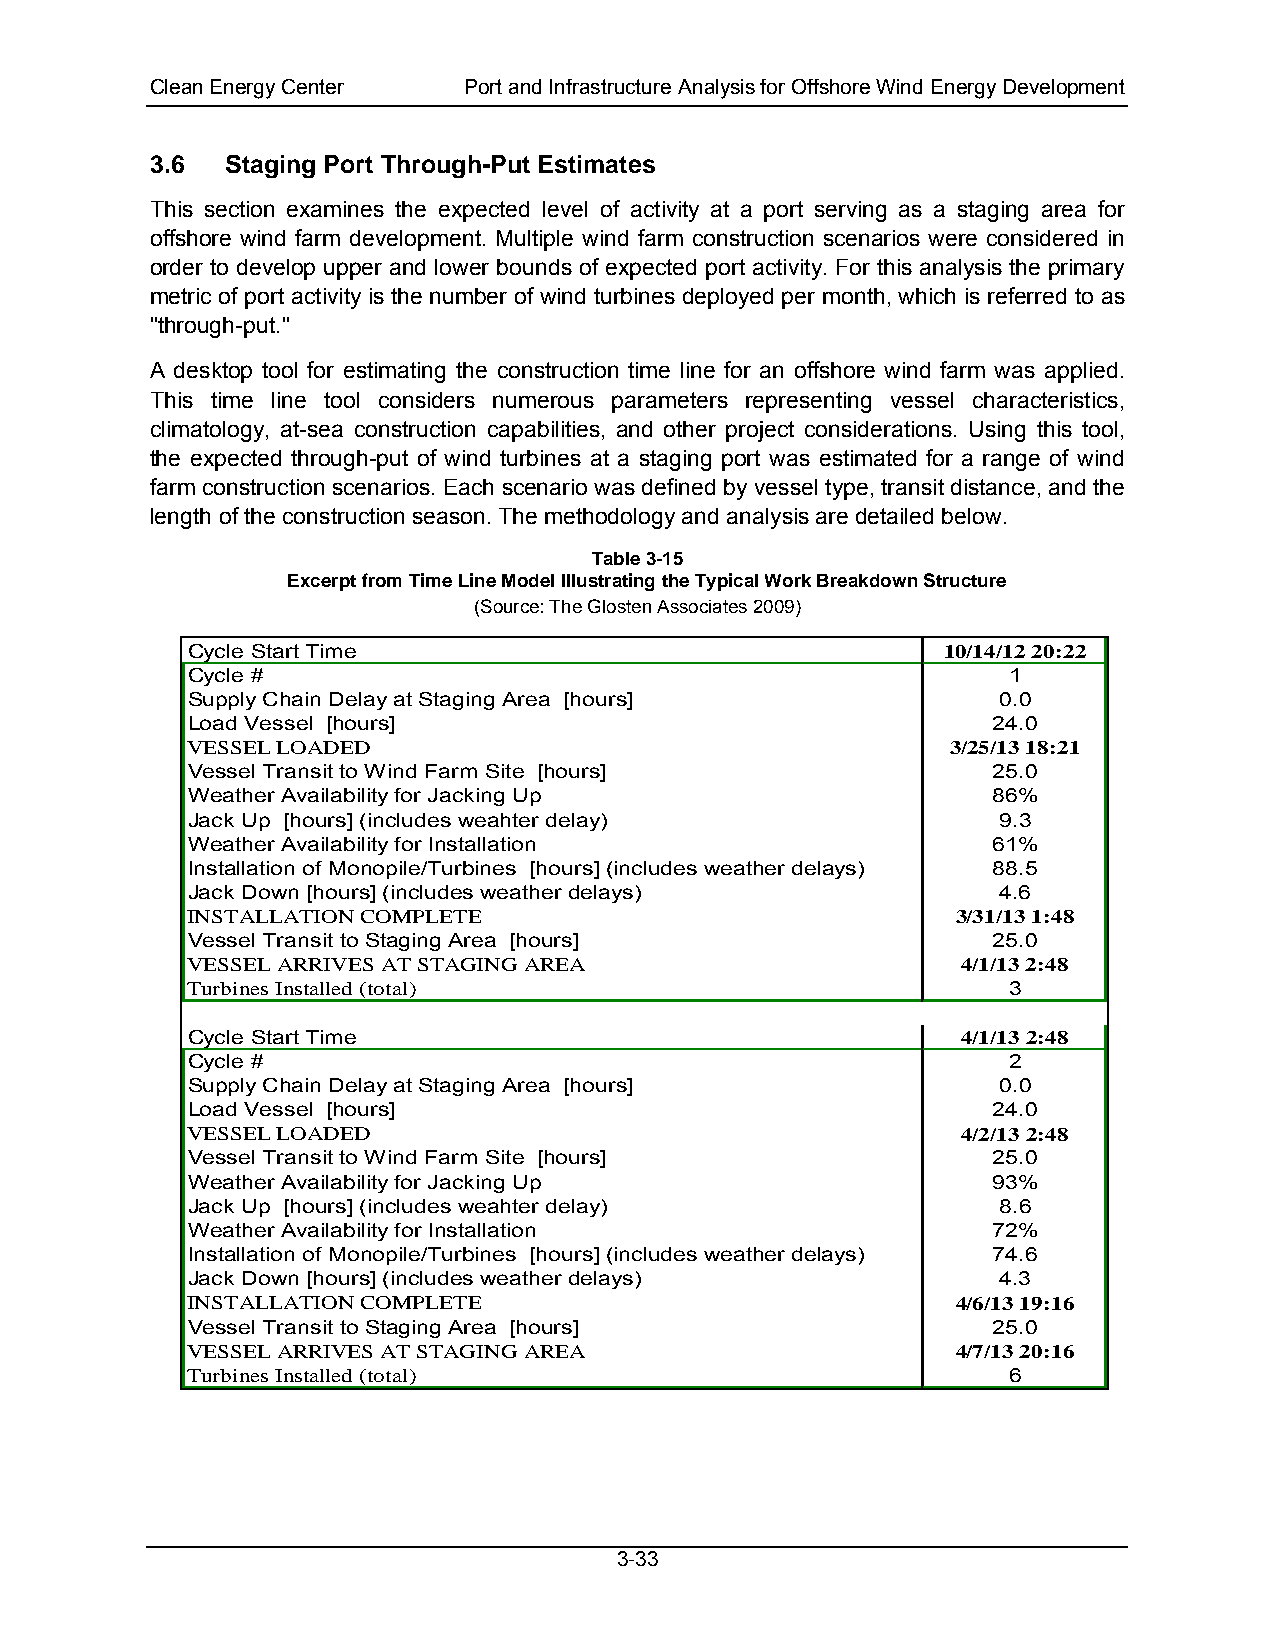
Clean Energy Center  Port and Infrastructure Analysis for Offshore Wind Energy Development
 3.6  Staging Port Through-Put Estimates
 This section examines the expected level of activity at a port serving as a staging area for
 offshore wind farm development. Multiple wind farm construction scenarios were considered in
 order to develop upper and lower bounds of expected port activity. For this analysis the primary
 metric of port activity is the number of wind turbines deployed per month, which is referred to as
 "through-put."
 A desktop tool for estimating the construction time line for an offshore wind farm was applied.
 This time line tool considers numerous parameters representing vessel characteristics,
 climatology, at-sea construction capabilities, and other project considerations. Using this tool,
 the expected through-put of wind turbines at a staging port was estimated for a range of wind
 farm construction scenarios. Each scenario was defined by vessel type, transit distance, and the
 length of the construction season. The methodology and analysis are detailed below.
 Table 3-15
 Excerpt from Time Line Model Illustrating the Typical Work Breakdown Structure
 (Source: The Glosten Associates 2009)
 Cycle Start Time                                  10/14/12 20:22
 Cycle #                                                1
 Supply Chain Delay at Staging Area [hours]            0.0
 Load Vessel [hours]                                   24.0
 VESSEL LOADED                                      3/25/13 18:21
 Vessel Transit to Wind Farm Site [hours]              25.0
 Weather Availability for Jacking Up                   86%
 Jack Up [hours] (includes weahter delay)              9.3
 Weather Availability for Installation                 61%
 Installation of Monopile/Turbines [hours] (includes weather delays) 88.5
 Jack Down [hours] (includes weather delays)           4.6
 INSTALLATION COMPLETE                              3/31/13 1:48
 Vessel Transit to Staging Area [hours]                25.0
 VESSEL ARRIVES AT STAGING AREA                      4/1/13 2:48
 Turbines Installed (total)                             3
 Cycle Start Time                                    4/1/13 2:48
 Cycle #                                                2
 Supply Chain Delay at Staging Area [hours]            0.0
 Load Vessel [hours]                                   24.0
 VESSEL LOADED                                       4/2/13 2:48
 Vessel Transit to Wind Farm Site [hours]              25.0
 Weather Availability for Jacking Up                   93%
 Jack Up [hours] (includes weahter delay)              8.6
 Weather Availability for Installation                 72%
 Installation of Monopile/Turbines [hours] (includes weather delays) 74.6
 Jack Down [hours] (includes weather delays)           4.3
 INSTALLATION COMPLETE                              4/6/13 19:16
 Vessel Transit to Staging Area [hours]                25.0
 VESSEL ARRIVES AT STAGING AREA                     4/7/13 20:16
 Turbines Installed (total)                             6
 3-33